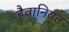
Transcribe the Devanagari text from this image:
हैवानियत